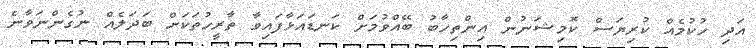
އަދި ހުކުމެއް ކުރިޔަސް ކޮމިޝަނުން އިންތިހާބު ބޭއްވުމަށް ކަނޑައަޅާފައިވާ ތާރީހުތަކަށް ބަދަލެއް ނުގެންނަވާނެ